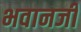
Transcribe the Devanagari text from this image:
भवानजी